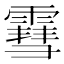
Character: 䨮